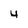
Character: 4